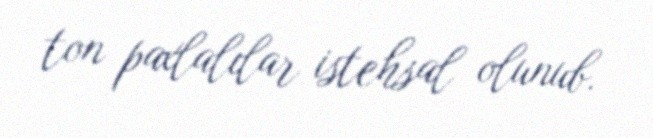
ton paxlalılar istehsal olunub.